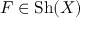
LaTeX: F \in { \mathrm { S h } } ( X )